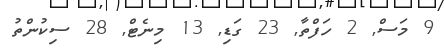
9 މަސް